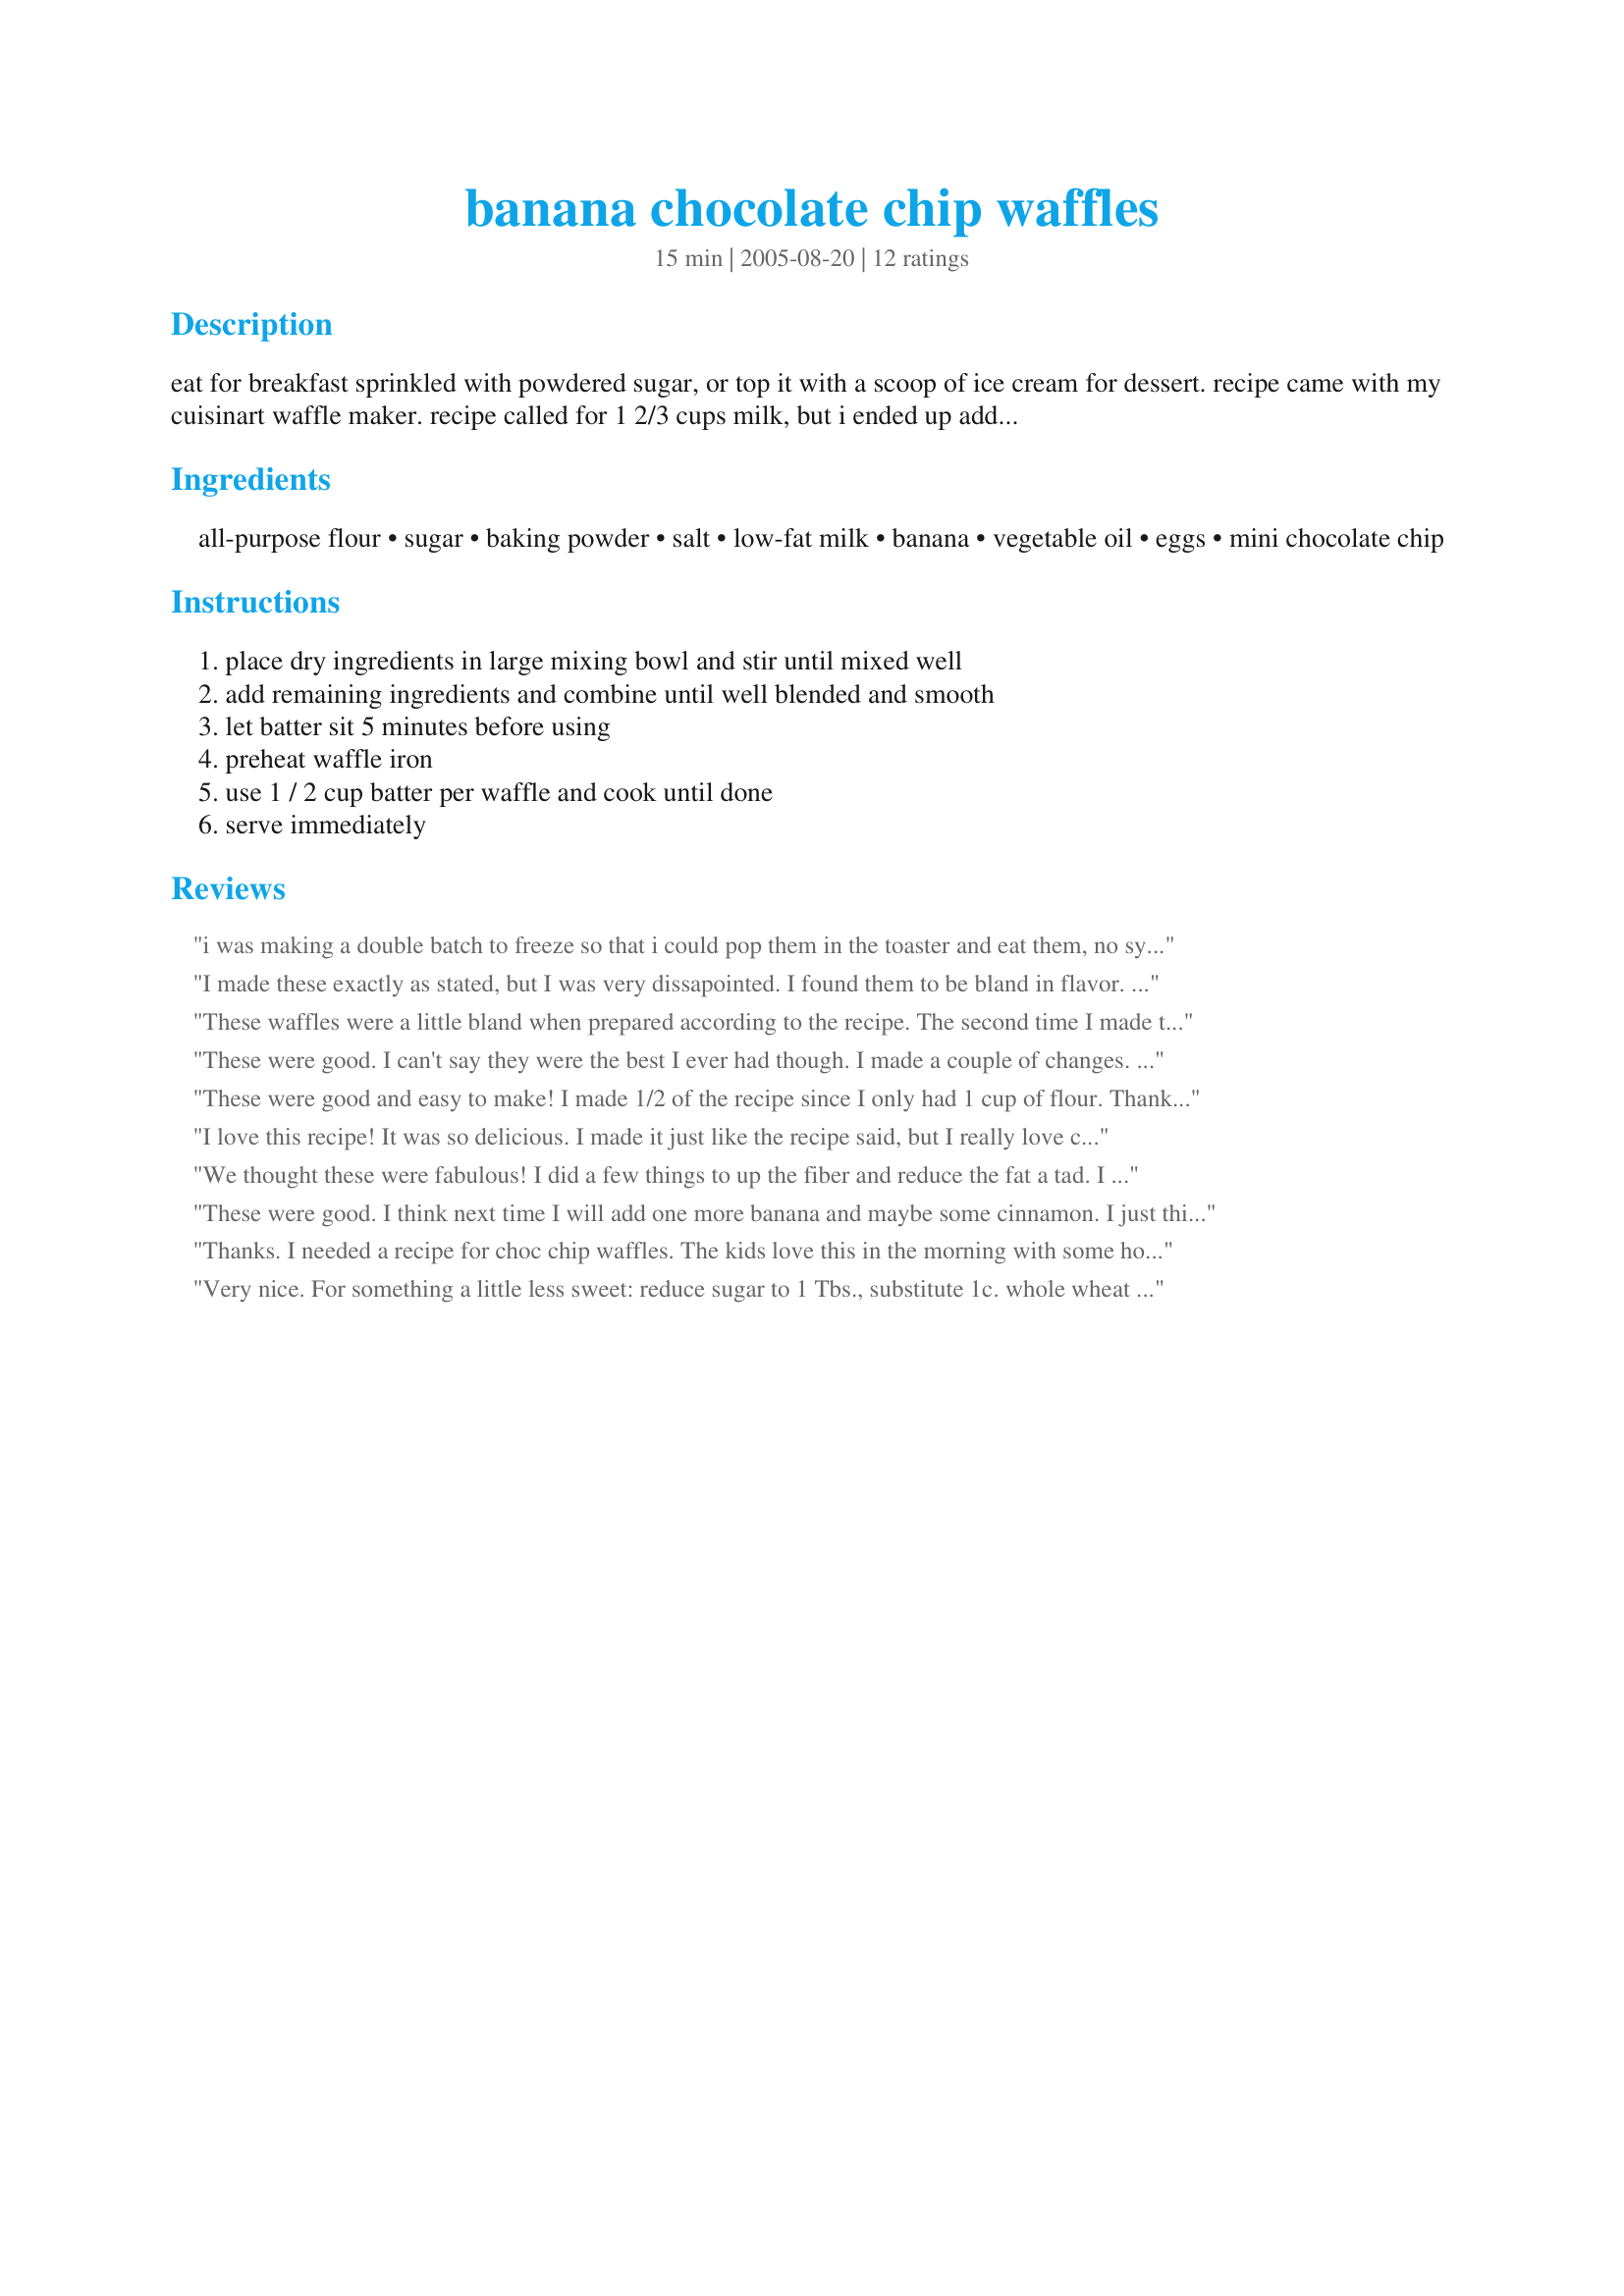
banana chocolate chip waffles
Preparation time: 15 minutes

eat for breakfast sprinkled with powdered sugar, or top it with a scoop of ice cream for dessert. recipe came with my cuisinart waffle maker. recipe called for 1 2/3 cups milk, but i ended up adding at least another 1/3 cup.

Ingredients:
all-purpose flour, sugar, baking powder, salt, low-fat milk, banana, vegetable oil, eggs, mini chocolate chip

Steps:
place dry ingredients in large mixing bowl and stir until mixed well, add remaining ingredients and combine until well blended and smooth, let batter sit 5 minutes before using, preheat waffle iron, use 1 / 2 cup batter per waffle and cook until done, serve immediately

Reviews:
i was making a double batch to freeze so that i could pop them in the toaster and eat them, no syrup, so i used 4 tbs of sugar and a cup of full sized chocolate chips. if i were going to make it again, i would double the amount of banana as well. and mine worked fine with 1 2/3 c of milk but i was using 2 percent. i imagine skim milk would need less and whole milk would need more.
I made these exactly as stated, but I was very dissapointed. I found them to be bland in flavor. The waffle was soggy and limp. I used the lesser amount of milk the batter was a bit runny. I could only get 1/4 cup of batter per waffle or it would spill out of the iron. Also, be sure to grease your waffle iron,the recipe didn't say and I thought it had enough oil in it to skip this and my first waffle stuck terribly. I was really dissapointed, but my kids seemed to like it okay. I am sorry Sharlene, I really wanted to like these!Maybe just different tastes.
These waffles were a little bland when prepared according to the recipe. The second time I made them, I replaced the vegetable oil with a stick of butter. The taste improved tremendously.
These were good. I can't say they were the best I ever had though. I made a couple of changes. I didn't have overly ripe bananas, so I put in one and a half bananas to try and boost the flavor. I also put more chocolate chips in it and used 1 2/3 cups of milk and the consistency seemed fine. I also added vanilla and cinnamon for extra flavor. My son who always catches me if i try to hide something healthy in food couldn't tell there was bananas in it so I feel I accomplished a good thing!
These were good and easy to make! I made 1/2 of the recipe since I only had 1 cup of flour. Thank you!
I love this recipe! It was so delicious. I made it just like the recipe said, but I really love chocolate so I added a little bit more chocolate to it. And the result was outstanding! It starts when you taste the dough..hmm yummie and the waffles turned out to be really really delicious. So this is a recipe you really should try! xxx
We thought these were fabulous! I did a few things to up the fiber and reduce the fat a tad. I used whole wheat pastry flour, all egg whites, and fat free vanilla soymilk. I used the lower amount of milk and *may* have been generous with my chocolate chips. LOL. Wonderful waffles that we ate completely plain. The kids really enjoyed the leftovers cold later in the day.
These were good. I think next time I will add one more banana and maybe some cinnamon. I just think I would like a little more banana flavor. The waffles turned out nice and fluffy. We ate them all. Thanks!
**Update since making a second time. This time I used 1 1/2 regular sized bananas, 1/2 tsp. cinnamon and I used 4 Tbsp. of melted butter instead of the veg. oil. They were not quite as fluffy as the first time (probably because I reduced the amt. of butter), but they were tastier this time. The kids gobbled them up.
Thanks. I needed a recipe for choc chip waffles. The kids love this in the morning with some homemade whipped cream (mostly cream and no sugar) this was perfect. Didn't add bananas, instead used extra oil and applesauce
Very nice. For something a little less sweet: reduce sugar to 1 Tbs., substitute 1c. whole wheat flour, reduce chocolate to 1/3 cup mini chips, add 1/3 cup chopped walnuts, go with 1 overripe banana and 2 c. milk, add 1/2 tsp. cinnamon and 1 tsp. vanilla.
Great waffles. The only thing I would change was to add more banana. It was hard to detect the taste of the banana. Thanks Sharlene :) Made for All you can cook buffet
These turned out great! For my first Christmas as a Mrs. and in a new house, I wanted to make a homemade breakfast for the hubby and our house guest. I followed the recipe exactly except for the sugar - I had to substitute it with Splenda since the only other sugar we had was raw brown sugar. I used three packets and it turned out fine. I had to use cooking spray before cooking each waffle, which made it very easy to take out of the waffle iron. I too didn't notice a strong banana taste since the chocolate chips were overpowering, I probably would add an extra half a banana next time. These didn't need syrup either, they were delicious by itself!
